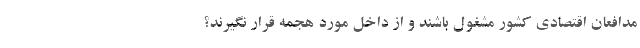
مدافعان اقتصادی کشور مشغول باشند و از داخل مورد هجمه قرار نگیرند؟